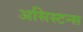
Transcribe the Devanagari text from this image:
असिस्टन्स